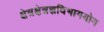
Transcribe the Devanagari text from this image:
क्षेत्रक्षेत्रज्ञविभागयोग